Annual statistical returns and brief notes on vaccination in Bengal - 1909-1929
Year: 1909
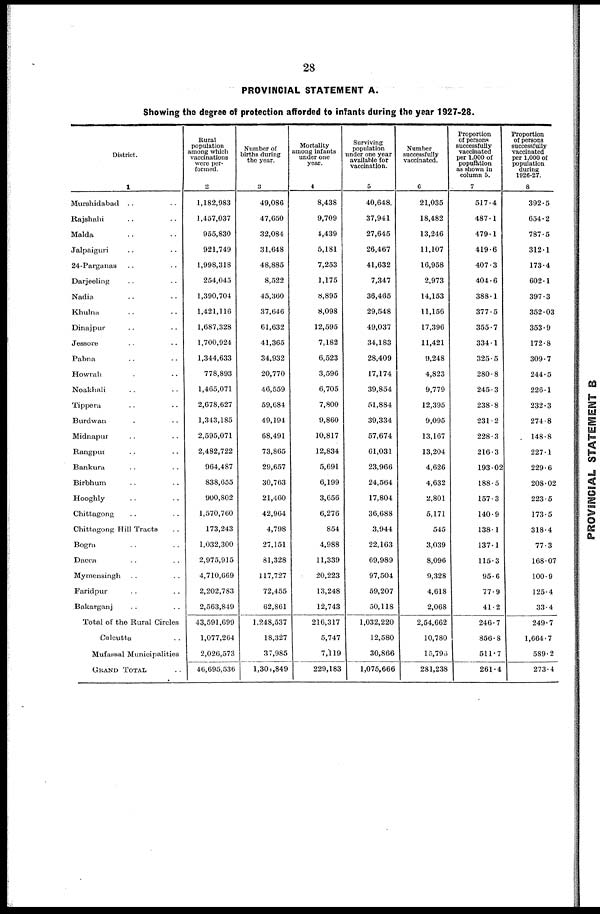
28
PROVINCIAL STATEMENT A.
Showing the degree of protection afforded to infants during the year 1927-28.
District.
1
Murshidabad.. .. .. ..
Rajshahi.. .. .. ..
Malda.. .. .. ..
Jalpaiguri.. .. .. ..
24-Parganas.. .. .. ..
Darjeeling.. .. .. ..
Nadia.. .. .. ..
Khulna.. .. .. ..
Dinajpur.. .. .. ..
Jessore.. .. .. ..
Pabna.. .. .. ..
Howrah.. .. .. ..
Noakhali.. .. .. ..
Tippera.. .. .. ..
Burdwan.. .. .. .. ..
Midnapur.. .. .. .. ..
Rangpur.. .. .. .. ..
Bankura.. .. .. .. ..
Birbhum.. .. .. .. ..
Hooghly.. .. .. .. ..
Chittagong.. .. .. .. ..
Chittagong Hill Tracts.. .. .. .. ..
Bogra.. .. .. .. ..
Dacca.. .. .. .. ..
Mymensingh.. .. .. .. ..
Faridpur.. .. .. .. ..
Bakarganj.. .. .. .. ..
Total of the Rural Circles
Calcutta.. ..
Mufassal Municipalities
GRAND TOTAL...
Rural
population
among which
vaccinations
were per-
formed.
2
1,182,983
1,457,037
955,830
921,749
1,998,318
254,045
1,390,704
1,421,116
1,687,328
1,700,924
1,344,633
778,893
1,465,071
2,678,627
1,343,185
2,595,071
2,482,722
964,487
838,655
900,802
1,570,760
173,243
1,032,300
2,975,915
4,710,669
2,202,783
2,563,849
43,591,699
1,077,264
2,026,573
46,695,536
Number of
births during
the year.
3
49,086
47,650
32,084
31,648
48,885
8,522
45,360
37,646
61,632
41,365
34,932
20,770
46,559
59,684
49,194
68,491
73,865
29,657
30,763
21,460
42,964
4,798
27,151
81,328
117,727
72,455
62,861
1,248,537
18,327
37,985
1,301,849
Mortality
among infants
under one
year.
4
8,438
9,709
4,439
5,181
7,253
1,175
8,895
8,098
12,595
7,182
6,523
3,596
6,705
7,800
9,860
10,817
12,834
5,691
6,199
3,656
6,276
854
4,988
11,339
20,223
13,248
12,743
216,317
5,747
7,119
229,183
Surviving
population
under one year
available for
vaccination.
5
40,648
37,941
27,645
26,467
41,632
7,347
36,465
29,548
49,037
34,183
28,409
17,174
39,854
51,884
39,334
57,674
61,031
23,966
24,564
17,804
36,688
3,944
22,163
69,989
97,504
59,207
50,118
1,032,220
12,580
30,866
1,075,666
Number
successfully
vaccinated.
6
21,035
18,482
13,246
11,107
16,958
2,973
14,153
11,156
17,396
11,421
9,248
4,823
9,779
12,395
9,095
13,167
13,204
4,626
4,632
2,801
5,171
545
3,039
8,096
9,328
4,618
2,068
2,54,662
10,780
15,798
281,238
Proportion
of persons
successfully
vaccinated
per 1,000 of
population
as shown in
column 5.
7
517.4
487.1
479.1
419.6
407.3
404.6
388.1
377.5
355.7
334.1
325.5
280.8
245.3
238.8
231.2
228.3
216.3
193.02
188.5
157.3
140.9
138.1
137.1
115.3
95.6
77.9
41.2
246.7
856.8
511.7
261.4
Proportion
of persons
successfully
vaccinated
per 1,000 of
population
during
1926-27.
8
392.5
654.2
787.5
312.1
173.4
602.1
397.3
352.03
353.9
172.8
309.7
244.5
226.1
232.3
274.8
148.8
227.1
229.6
208.02
223.5
173.5
318.4
77.3
168.07
100.9
125.4
33.4
249.7
1,664.7
589.2
273.4